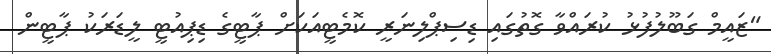
"ޒައީމް ގަބޫލުފުޅު ކުރައްވާ ގޮތުގައި ޑިސިޕްލިނަރީ ކޮމެޓީއަކަށް ޕާޓީގެ ޑިޕިއުޓީ ލީޑަރަކު ޕާޓީން